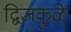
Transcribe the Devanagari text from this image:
द्विजकुळे